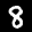
Label: 8